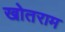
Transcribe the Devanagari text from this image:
खोतराम